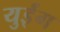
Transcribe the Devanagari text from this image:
युईंग